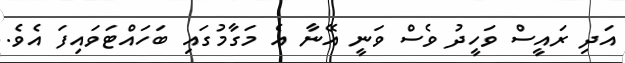
އަދި ރައީސް ވަހީދު ވެސް ވަނީ އޭނާ އެ މަގާމުގައި ބަހައްޓަވައިފަ އެވެ.